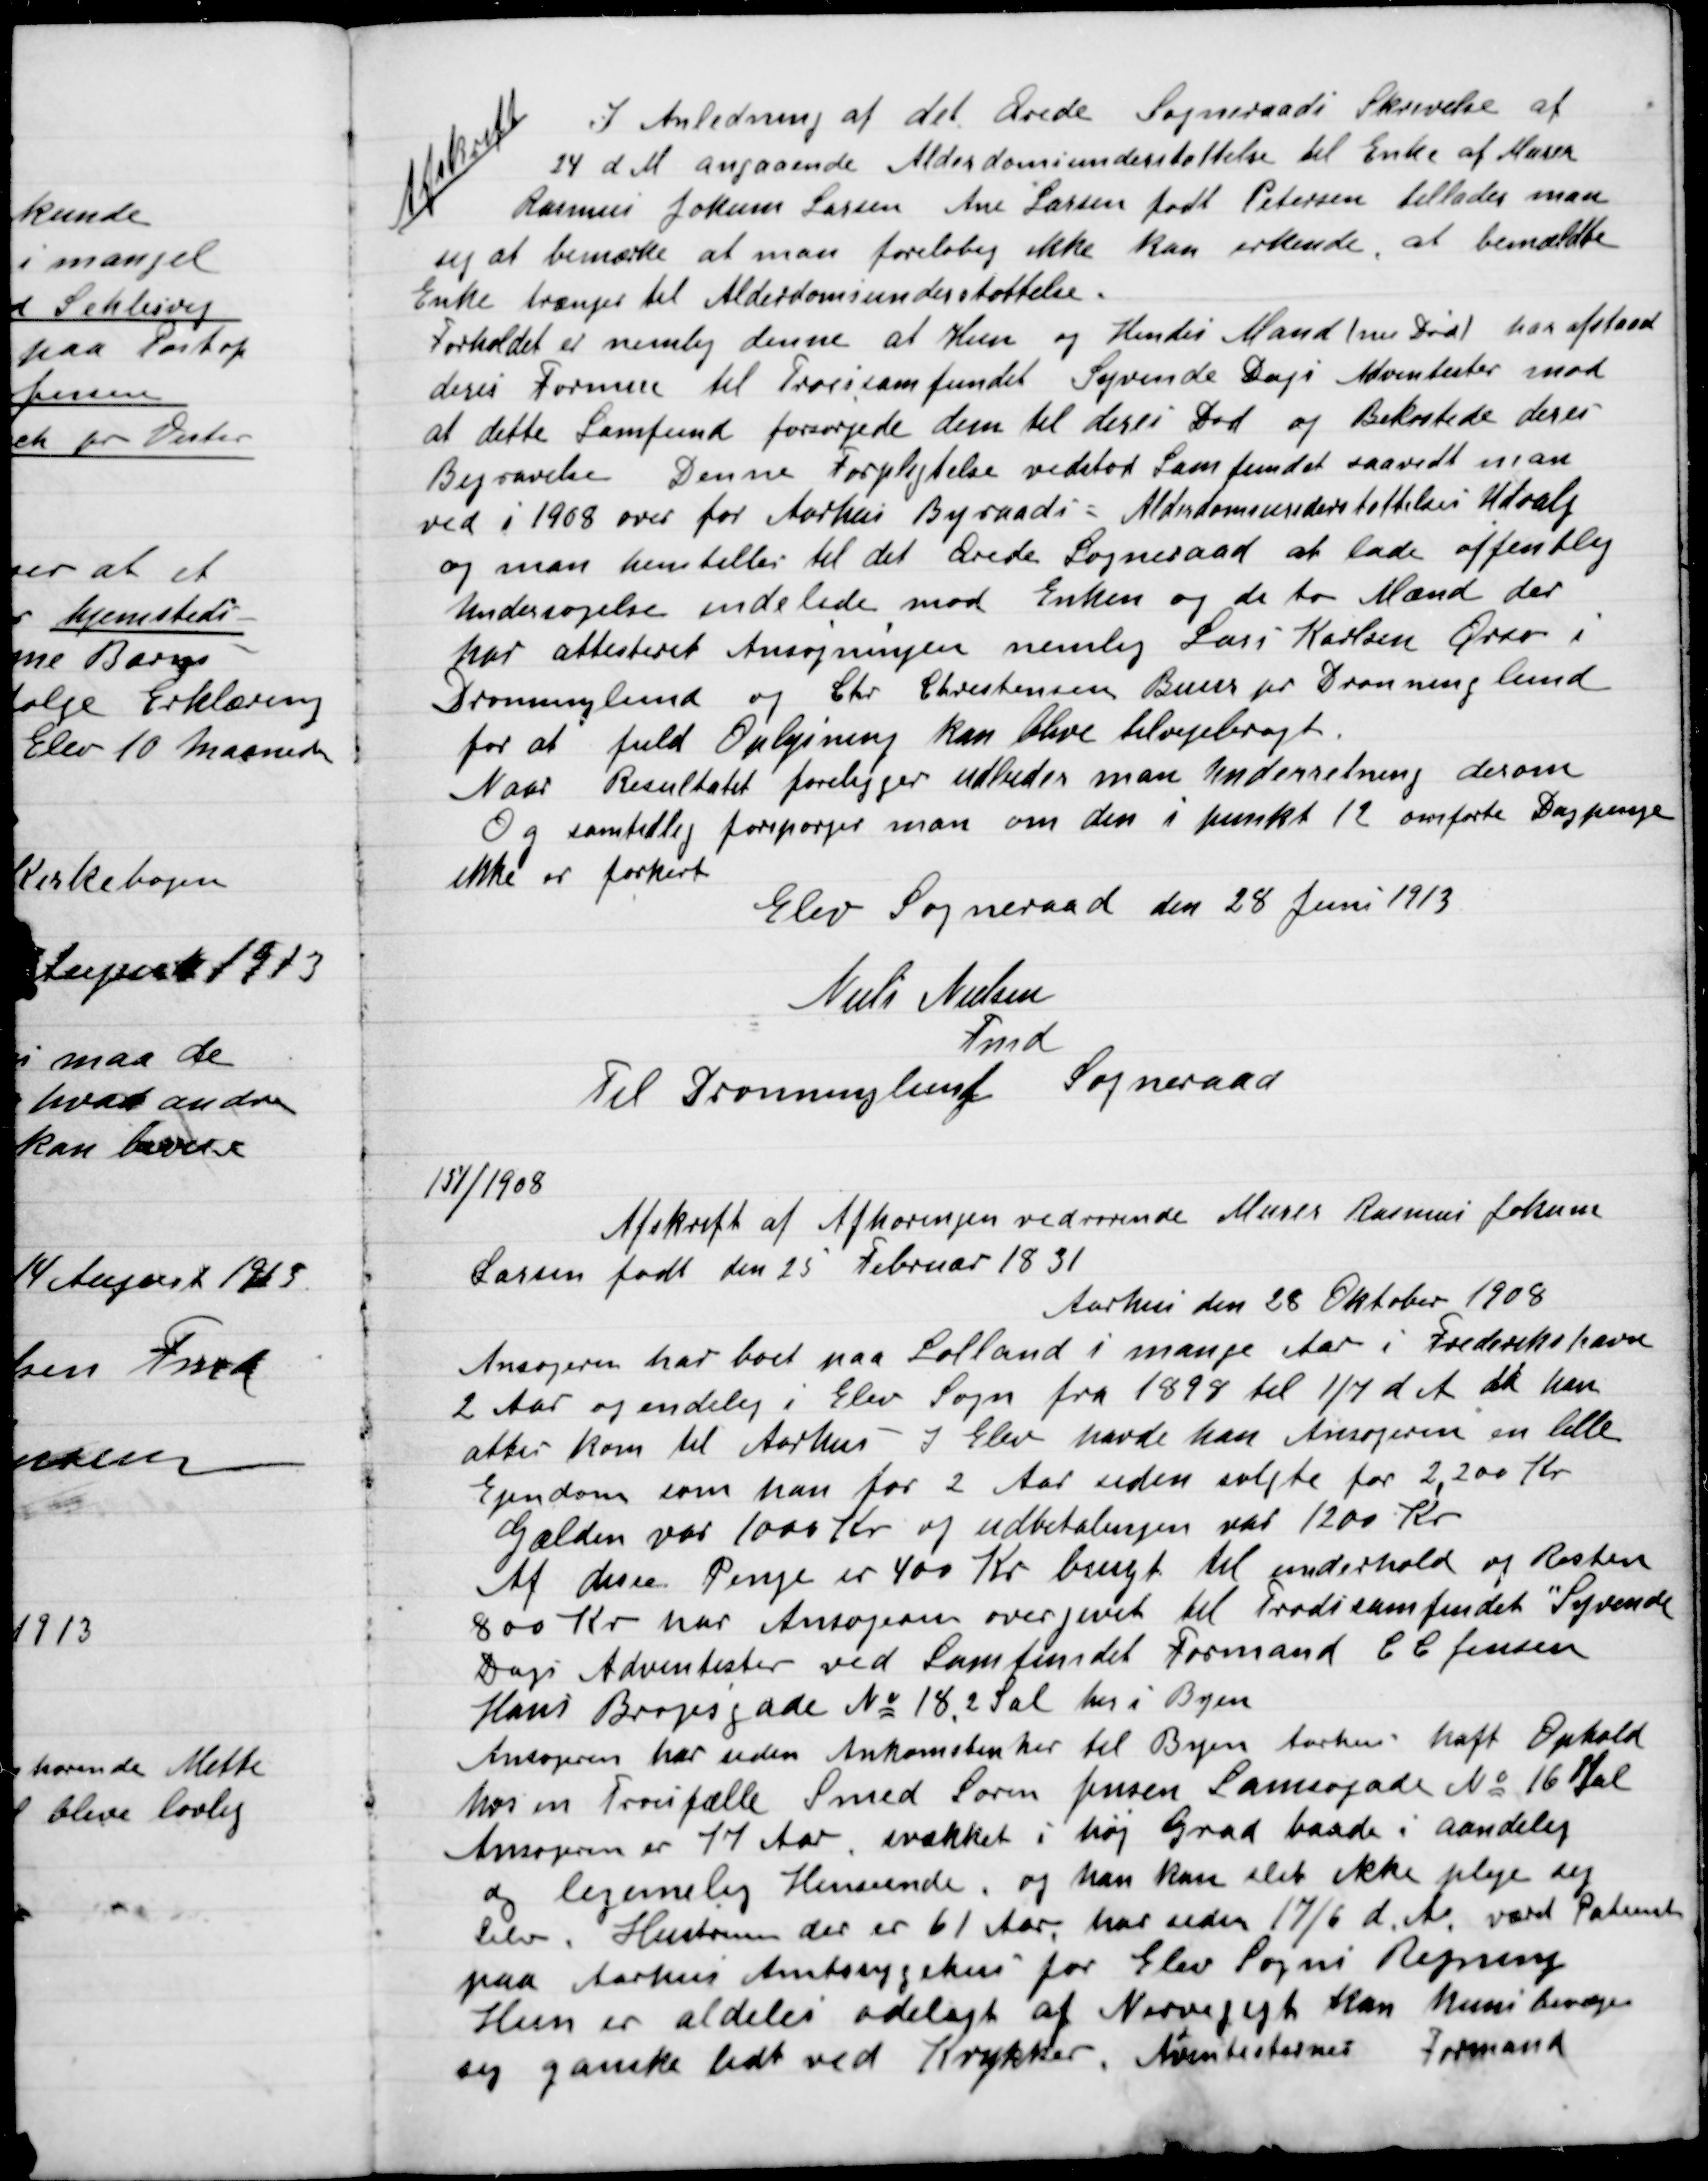
Transskription:
Afskrift:
I Anledning af det Ærede Sogneraads skrivelse af
24 d. M. angaande Alderdomsunderstøttelse til Enke af  Murer
Rasmussen Jokum Larsen Ane Larsen født Petersen tillader man
sig at bemærke at man foreløbig ikke kan erkende, at bemeldte
Enke trænger til Alderdomsunderstøttelse.
Forholdet er nemlig denne at hun og hendes Mand (nu Død) har afstaaet
deres Formue til Trossamfundet Syvende Dags Adventister imod
at dette Samfund forsøgende disse til deres Død og bekostede deres
Begravelse Denne Forpligtelse vedstod Samfundet saavidt man
ved i 1908 over for Aarhus Byraads Alderdomsunderstøttelses Udvalg
og man henstillede til det Ærede Sogneraad at lade offentlig
Undersøgelse indelede mod Enken og de to Mænd der
har attesteret Ansøgningen nemlig Lars Karlsen Øvre i
Dronninglund og Chr. Christensen Buus pr. Dronninglund
for fuld Oplysning kan blive tilvejebragt.
Naar Resultatet foreligger udbeder man underretning derom
Og samtidig forespørger om den i punkt 12 overførte Dagpenge
Ikke er forkert.
Elev Sogneraad den 18 juni 1913
Niels Nielsen
Fmd
Til Dronninglund Sogneraad

151/1908
Afskrift af Afhøringen vedrørende Murer Rasmus Jokum
Larsen født den 25 februar 1831
Aarhus den 28 Oktober 1908
Ansøgeren har boet paa Lolland i mange Aar i Frederikshavn
2 Aar og endelig i Elev Sogne fra 1898 til 1/7 d. A. da han
atter kom til Aarhus – I Elev havde han Ansøgeren en lille
Ejendom som han for 2 Aar siden solgte  for 2.200 Kr.
Gælden var 1000 Kr. og udbetalingen var 1200 Kr.
Af disse Penge er 400 Kr. brugt til underhold og Resten
800 Kr. har Ansøgeren overgivet til Trossamfundet ”Syvende
Dages Adventister ved Samfundet  Formand C.C. Jensen
Hans Brogesgade Nr. 18, 2 Sal her i Byen.
Ansøgeren har siden Ankomsten her til Byen Aarhus haft Ophold
hos en Trosfælle Smed Søren Jensen Samsøgade Nr. 16 1. Sal
Ansøgeren er 77 Aar svækket i høj Grad baade i aandelig
og legemlig Henseende og han kan slet ikke pleje sig
selv. Hustruen der er 61 Aar, har siden 17/6 d. A. været Patient
paa Aarhus Amtssygehus for Elev Sogns Regning
Hun er aldeles ødelagt af Nervegigt kan kun bevæge
sig ganske lidt ved Krykker. Adventisternes Formand